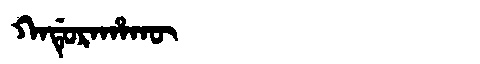
Manchu: ᡴᠠᡩᡠᡵᠠᡥᠠᡴᡡ
Romanization: KADURAHAKŪ